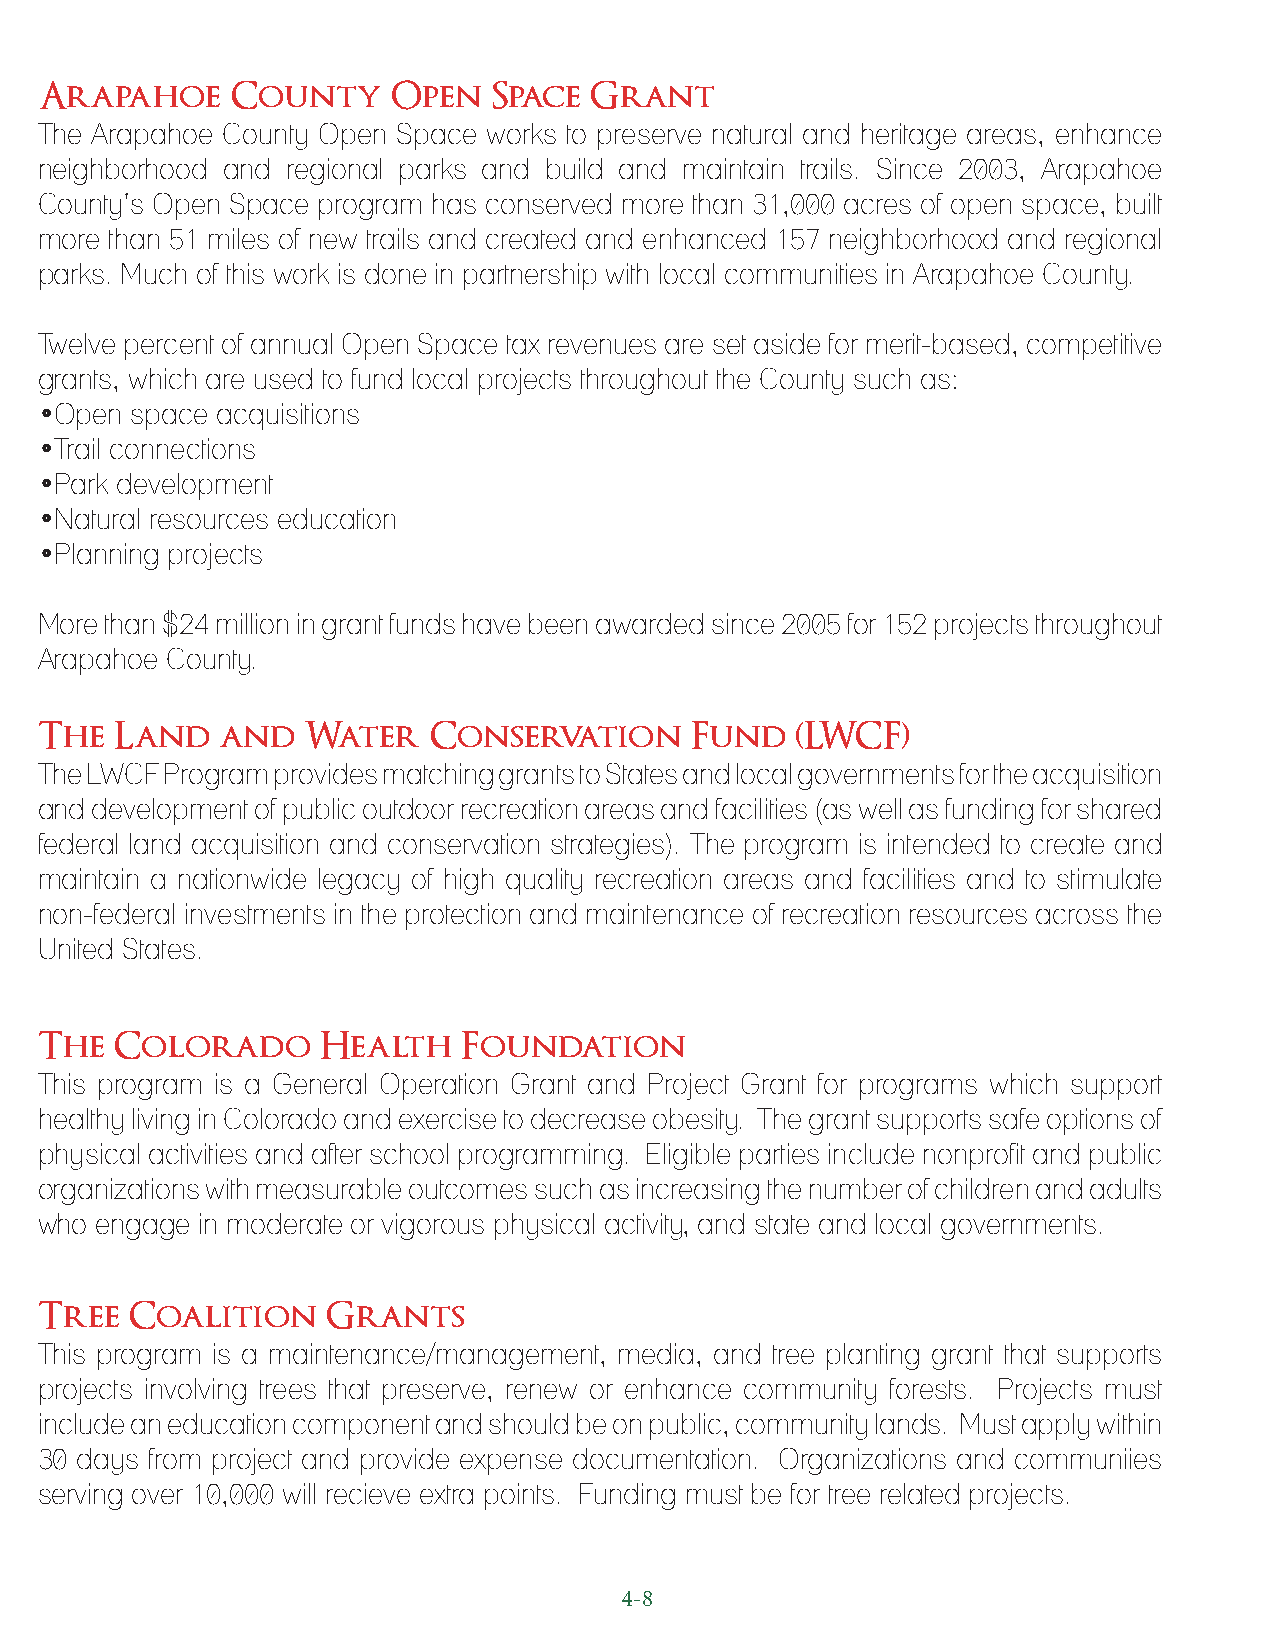
Arapahoe     County     Open   Space Grant
 The Arapahoe County Open Space works to preserve natural and heritage areas, enhance
 neighborhood and regional parks and build and maintain trails. Since 2003, Arapahoe
 County’s Open Space program has conserved more than 31,000 acres of open space, built
 more than 51 miles of new trails and created and enhanced 157 neighborhood and regional
 parks. Much of this work is done in partnership with local communities in Arapahoe County.
 Twelve percent of annual Open Space tax revenues are set aside for merit-based, competitive
 grants, which are used to fund local projects throughout the County such as:
 •Open  space acquisitions
 •Trail connections
 •Park development
 •Natural resources education
 •Planning projects
 More than $24 million in grant funds have been awarded since 2005 for 152 projects throughout
 Arapahoe County.
 The   Land   and  Water   Conservation      Fund   (LWCF)
 The LWCF Program provides matching grants to States and local governments for the acquisition
 and development of public outdoor recreation areas and facilities (as well as funding for shared
 federal land acquisition and conservation strategies). The program is intended to create and
 maintain a nationwide legacy of high quality recreation areas and facilities and to stimulate
 non-federal investments in the protection and maintenance of recreation resources across the
 United States.
 The   Colorado     Health    Foundation
 This program is a General Operation Grant and Project Grant for programs which support
 healthy living in Colorado and exercise to decrease obesity. The grant supports safe options of
 physical activities and after school programming. Eligible parties include nonprofit and public
 organizations with measurable outcomes such as increasing the number of children and adults
 who engage in moderate or vigorous physical activity, and state and local governments.
 Tree   Coalition    Grants
 This program is a maintenance/management, media, and tree planting grant that supports
 projects involving trees that preserve, renew or enhance community forests. Projects must
 include an education component and should be on public, community lands. Must apply within
 30 days from project and provide expense documentation. Organizations and communiies
 serving over 10,000 will recieve extra points. Funding must be for tree related projects.
 4-8